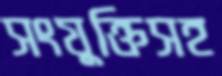
সংযুক্তিসহ